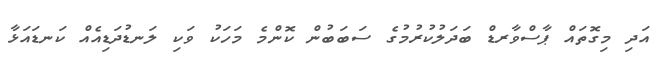
އަދި މިގޮތައް ޕާސްވާރޑް ބަދަލުކުރުމުގެ ސަބަބުން ކޮންމެ މަހަކު ވަކި ލަނޑުދަޑިއެއް ކަނޑައަޅާ